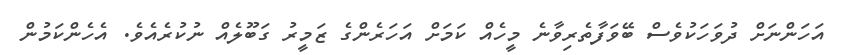
އަހަންނަށް ދުވަހަކުވެސް ބޭވަފާތެރިވާނެ މީހެއް ކަމަށް އަހަރެންގެ ޒަމީރު ގަބޫލެއް ނުކުރެއެވެ. އެހެންކަމުން